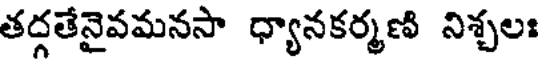
తద్గతేనైవమనసా ధ్యానకర్మణి నిశ్చలః